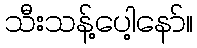
သီးသန့်ပေါ့နော်။